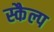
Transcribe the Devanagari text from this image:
स्कैल्प